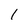
Character: 1